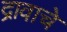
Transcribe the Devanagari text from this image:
द्रावाचे